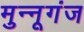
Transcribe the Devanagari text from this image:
मुन्नूगंज